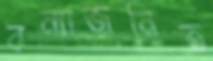
বন্যাজনিত